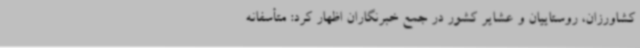
کشاورزان، روستاییان و عشایر کشور در جمع خبرنگاران اظهار کرد: متأسفانه